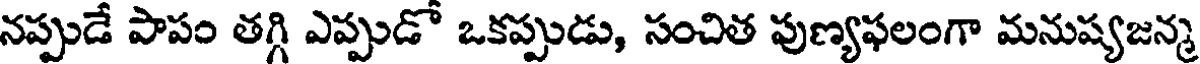
నప్పుడే పాపం తగ్గి ఎప్పుడో ఒకప్పుడు, సంచిత పుణ్యఫలంగా మనుష్యజన్మ